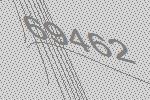
69462